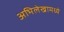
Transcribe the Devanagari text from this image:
अभिलेखामध्ये